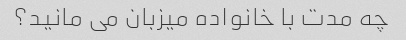
چه مدت با خانواده میزبان می مانید؟